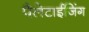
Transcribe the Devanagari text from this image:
पैलेटाईजिंग